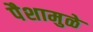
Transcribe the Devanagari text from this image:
पैशामुळे